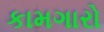
કામગારો